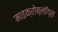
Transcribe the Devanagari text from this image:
माइक्रोब्लॉग्स